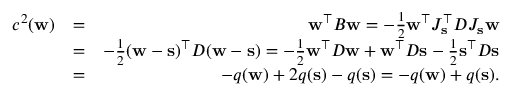
\begin{array} { r l r } { c ^ { 2 } ( { \bf w } ) } & { = } & { { \bf w } ^ { \top } B { \bf w } = - \frac 1 2 { \bf w } ^ { \top } J _ { { \bf s } } ^ { \top } D J _ { { \bf s } } { \bf w } } \\ & { = } & { - \frac 1 2 ( { \bf w } - { \bf s } ) ^ { \top } D ( { \bf w } - { \bf s } ) = - \frac 1 2 { \bf w } ^ { \top } D { \bf w } + { \bf w } ^ { \top } D { \bf s } - \frac 1 2 { \bf s } ^ { \top } D { \bf s } } \\ & { = } & { - q ( { \bf w } ) + 2 q ( { \bf s } ) - q ( { \bf s } ) = - q ( { \bf w } ) + q ( { \bf s } ) . } \end{array}